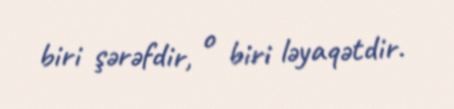
biri şərəfdir, o biri ləyaqətdir.